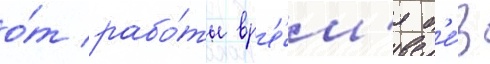
о́т рабо́ты вр'е́м'я б'е́з